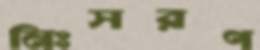
নিঃসরণ